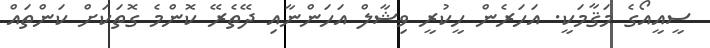
ސީއީއޯގެ މަޤާމަކީ. އަހަރެން ހީކުރީ ވިޝާލް އަހަންނާއި ދޭތެރޭ ކޮންމެ ގޮތަކަށް ކަންތައް